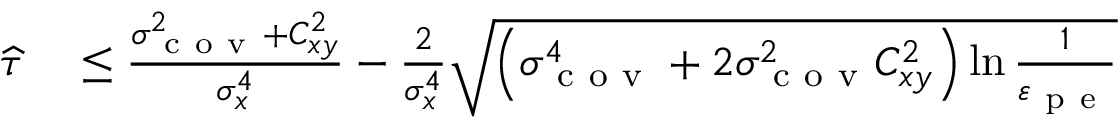
\begin{array} { r l } { \widehat { \tau } } & { { } \leq \frac { \sigma _ { \mathrm { ~ c ~ o ~ v ~ } } ^ { 2 } + C _ { x y } ^ { 2 } } { \sigma _ { x } ^ { 4 } } - \frac { 2 } { \sigma _ { x } ^ { 4 } } \sqrt { \left( \sigma _ { \mathrm { ~ c ~ o ~ v ~ } } ^ { 4 } + 2 \sigma _ { \mathrm { ~ c ~ o ~ v ~ } } ^ { 2 } C _ { x y } ^ { 2 } \right) \ln \frac { 1 } { \varepsilon _ { \mathrm { ~ p ~ e ~ } } } } } \end{array}